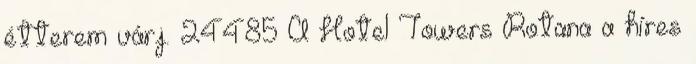
étterem várj. 24485 A Hotel Towers Rotana a híres